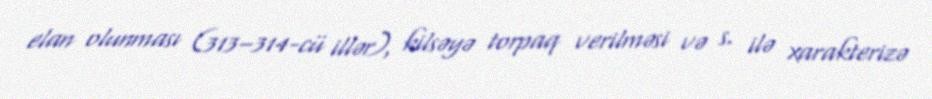
elan olunması (313–314-cü illər), kilsəyə torpaq verilməsi və s. ilə xarakterizə